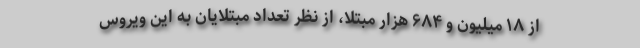
از ۱۸ میلیون و ۶۸۴ هزار مبتلا، از نظر تعداد مبتلایان به این ویروس